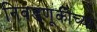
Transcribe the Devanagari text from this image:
निवडणूकीच्या